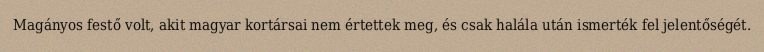
Magányos festő volt, akit magyar kortársai nem értettek meg, és csak halála után ismerték fel jelentőségét.